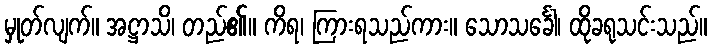
မှုတ်လျက်။ အဋ္ဌာသိ၊ တည်၏။ ကိရ၊ ကြားရသည်ကား။ သောသင်္ခေါ၊ ထိုခရုသင်းသည်။